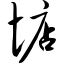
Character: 惦